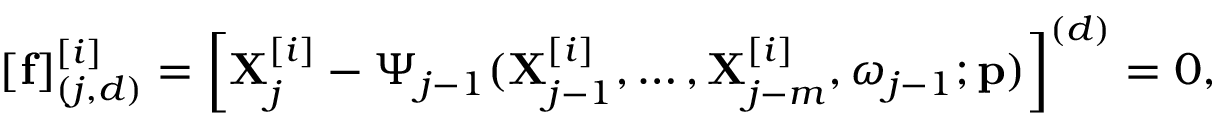
\begin{array} { r } { [ \mathbf { f } ] _ { ( j , d ) } ^ { [ i ] } = \left[ \mathbf { X } _ { j } ^ { [ i ] } - \boldsymbol { \Psi } _ { j - 1 } ( \mathbf { X } _ { j - 1 } ^ { [ i ] } , \ldots , \mathbf { X } _ { j - m } ^ { [ i ] } , \boldsymbol { \omega } _ { j - 1 } ; \mathbf { p } ) \right] ^ { ( d ) } = 0 , } \end{array}